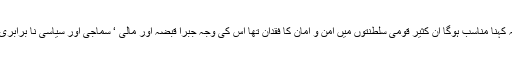
لہذا یہ کہنا مناسب ہوگا ان کثیر قومی سلطنتوں میں امن و امان کا فقدان تھا اس کی وجہ جبراً قبضہ اور مالی ‘ سماجی اور سیاسی نا برابری تھی۔